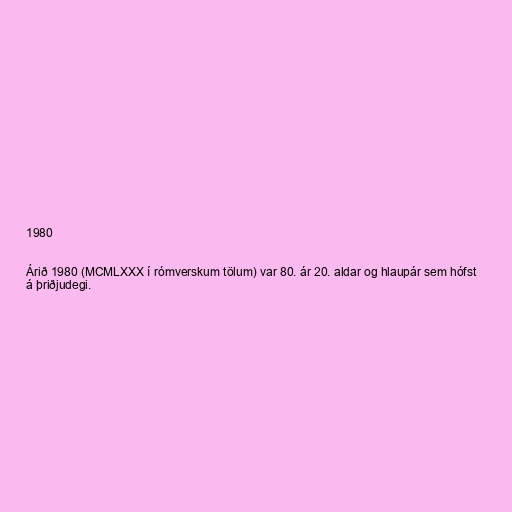
1980

Árið 1980 (MCMLXXX í rómverskum tölum) var 80. ár 20. aldar og hlaupár sem hófst
á þriðjudegi.